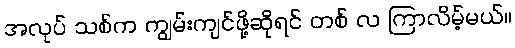
အလုပ် သစ်က ကျွမ်းကျင်ဖို့ဆိုရင် တစ် လ ကြာလိမ့်မယ်။